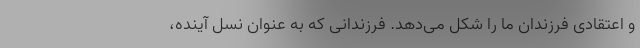
و اعتقادی فرزندان ما را شکل می‌دهد. فرزندانی که به عنوان نسل آینده،